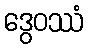
ဒွေဝဿံ